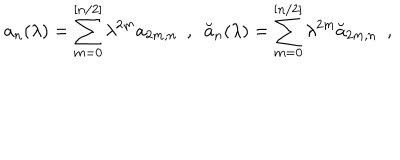
a _ { n } ( \lambda ) = \sum _ { m = 0 } ^ { [ n / 2 ] } \lambda ^ { 2 m } a _ { 2 m , n } ~ ~ , ~ ~ \breve { a } _ { n } ( \lambda ) = \sum _ { m = 0 } ^ { [ n / 2 ] } \lambda ^ { 2 m } \breve { a } _ { 2 m , n } ~ ~ ,